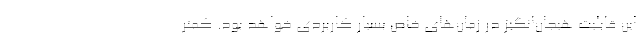
این قابلیت هیجان‌انگیز در زمان‌های خاص بسیار کاربردی خواهد بود. کمتر